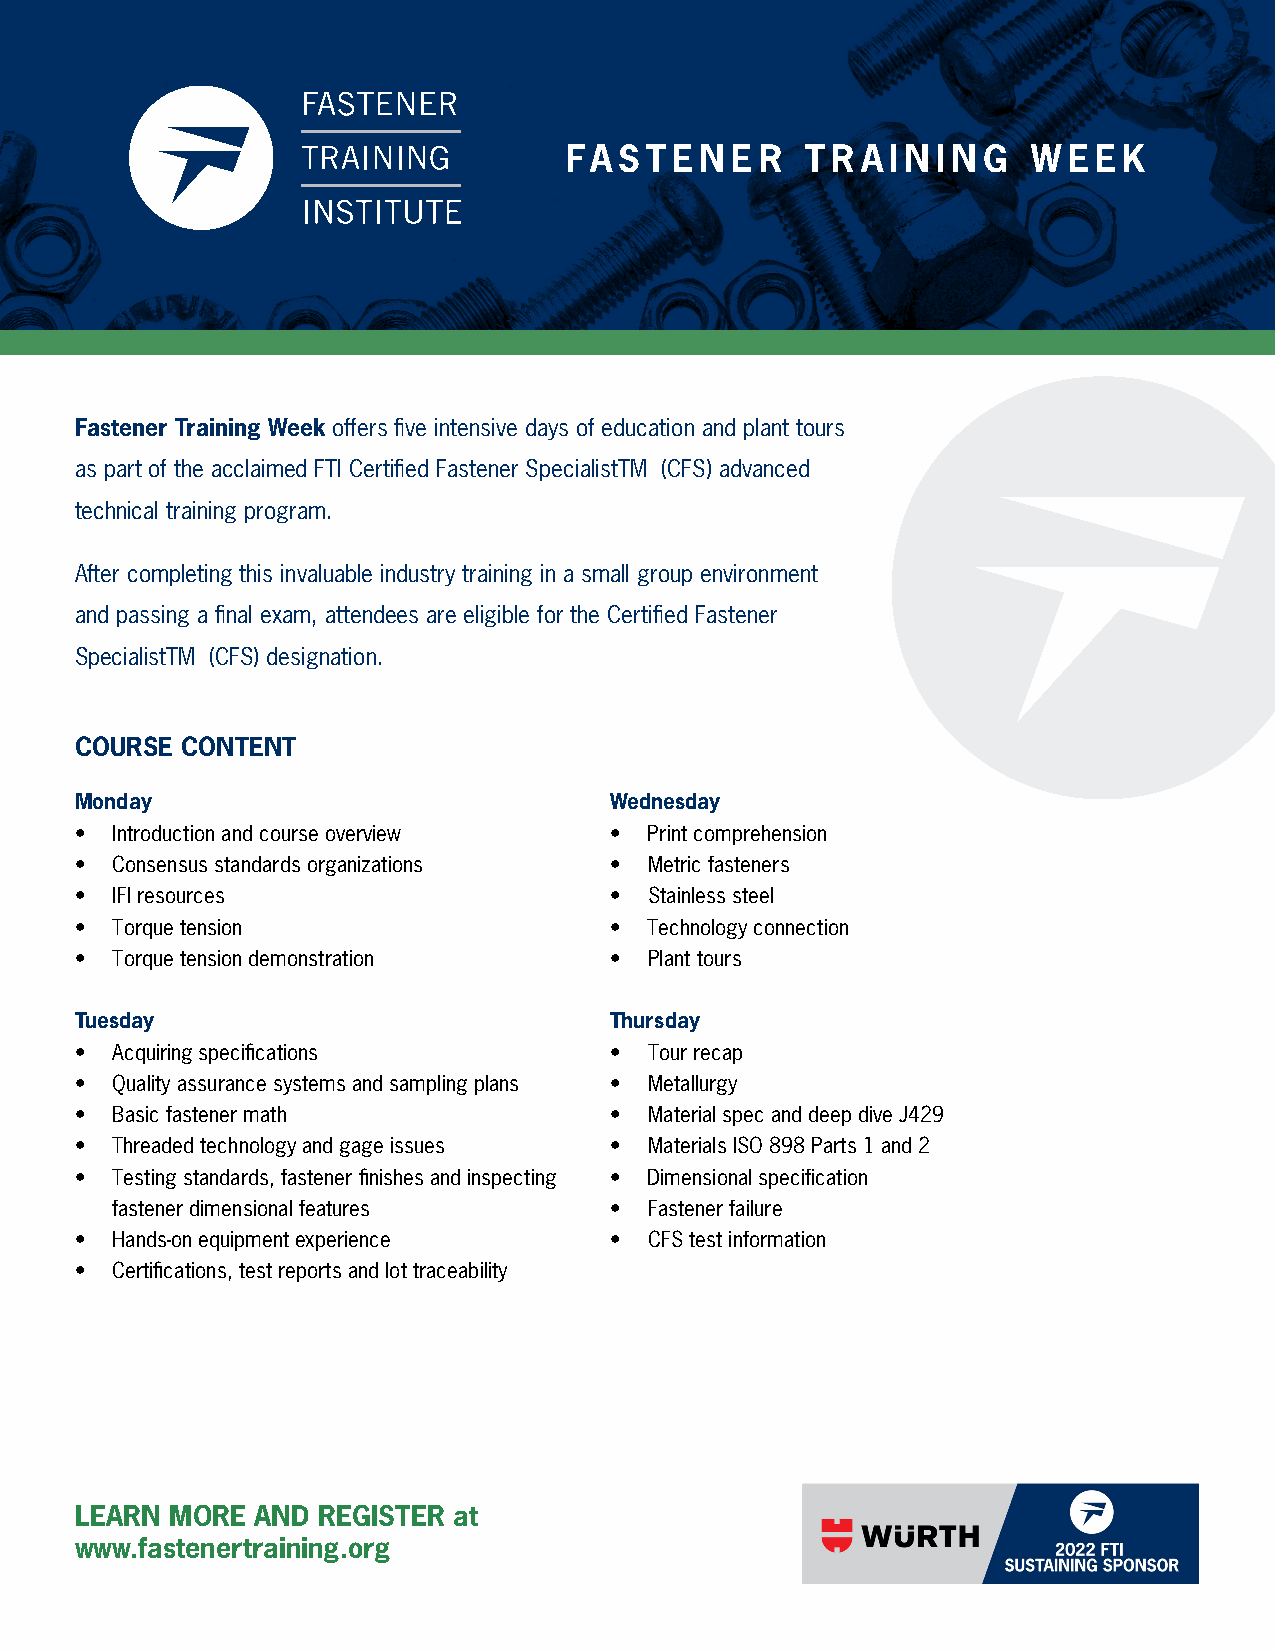
FASTENER        TRAINING       WEEK
 Fastener Training Week offers five intensive days of education and plant tours
 as part of the acclaimed FTI Certified Fastener SpecialistTM (CFS) advanced
 technical training program.
 After completing this invaluable industry training in a small group environment
 and passing a final exam, attendees are eligible for the Certified Fastener
 SpecialistTM (CFS) designation.
 COURSE CONTENT
 Monday                             Wednesday
 • Introduction and course overview •  Print comprehension
 • Consensus standards organizations • Metric fasteners
 • IFI resources                    •  Stainless steel
 • Torque tension                   •  Technology connection
 • Torque tension demonstration     •  Plant tours
 Tuesday                            Thursday
 • Acquiring specifications         •  Tour recap
 • Quality assurance systems and sampling plans • Metallurgy
 • Basic fastener math              •  Material spec and deep dive J429
 • Threaded technology and gage issues • Materials ISO 898 Parts 1 and 2
 • Testing standards, fastener finishes and inspecting • Dimensional specification
 fastener dimensional features    •  Fastener failure
 • Hands-on equipment experience    •  CFS test information
 • Certifications, test reports and lot traceability
 LEARN MORE  AND REGISTER at
 www.fastenertraining.org